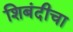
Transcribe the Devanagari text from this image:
शिबंदीचा